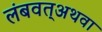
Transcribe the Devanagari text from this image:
लंबवत्अथवा